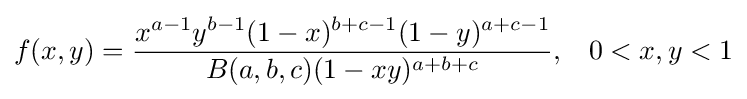
f(x,y)={\frac {x^{a-1}y^{b-1}(1-x)^{b+c-1}(1-y)^{a+c-1}}{B(a,b,c)(1-xy)^{a+b+c}}},\;\;\;0<x,y<1